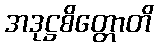
အဒုဋ္ဌစိတ္တောတိ